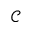
\mathcal { C }